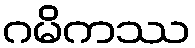
ဂမိကဿ